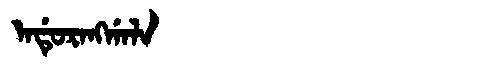
Manchu: ᠠᡩᡠᡵᠠᠩᡤᠠᠯᠠ
Romanization: ADURANGGALA